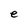
Character: e